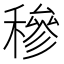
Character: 穇